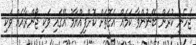
ޖެހެނީ ކުރަން ބޭނުންވާ ކަމެއް އެގޮތަށް ކޮށްފިއްޔާމު އޭގައި ވަކި ޖޯންރާއެއް ވަކި